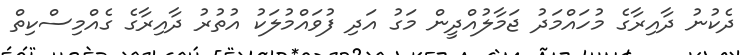
ދެކުނު ދާއިރާގެ މުހައްމަދު ޖަމާލުއްދީން މަގު އަދި ފުވައްމުލަކު އުތުރު ދާއިރާގެ ގެއްމިސްކިތް